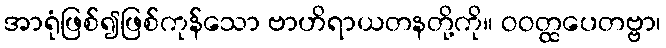
အာရုံဖြစ်၍ဖြစ်ကုန်သော ဗာဟိရာယတနတို့ကို။ ဝဝတ္ထပေတဗ္ဗာ၊